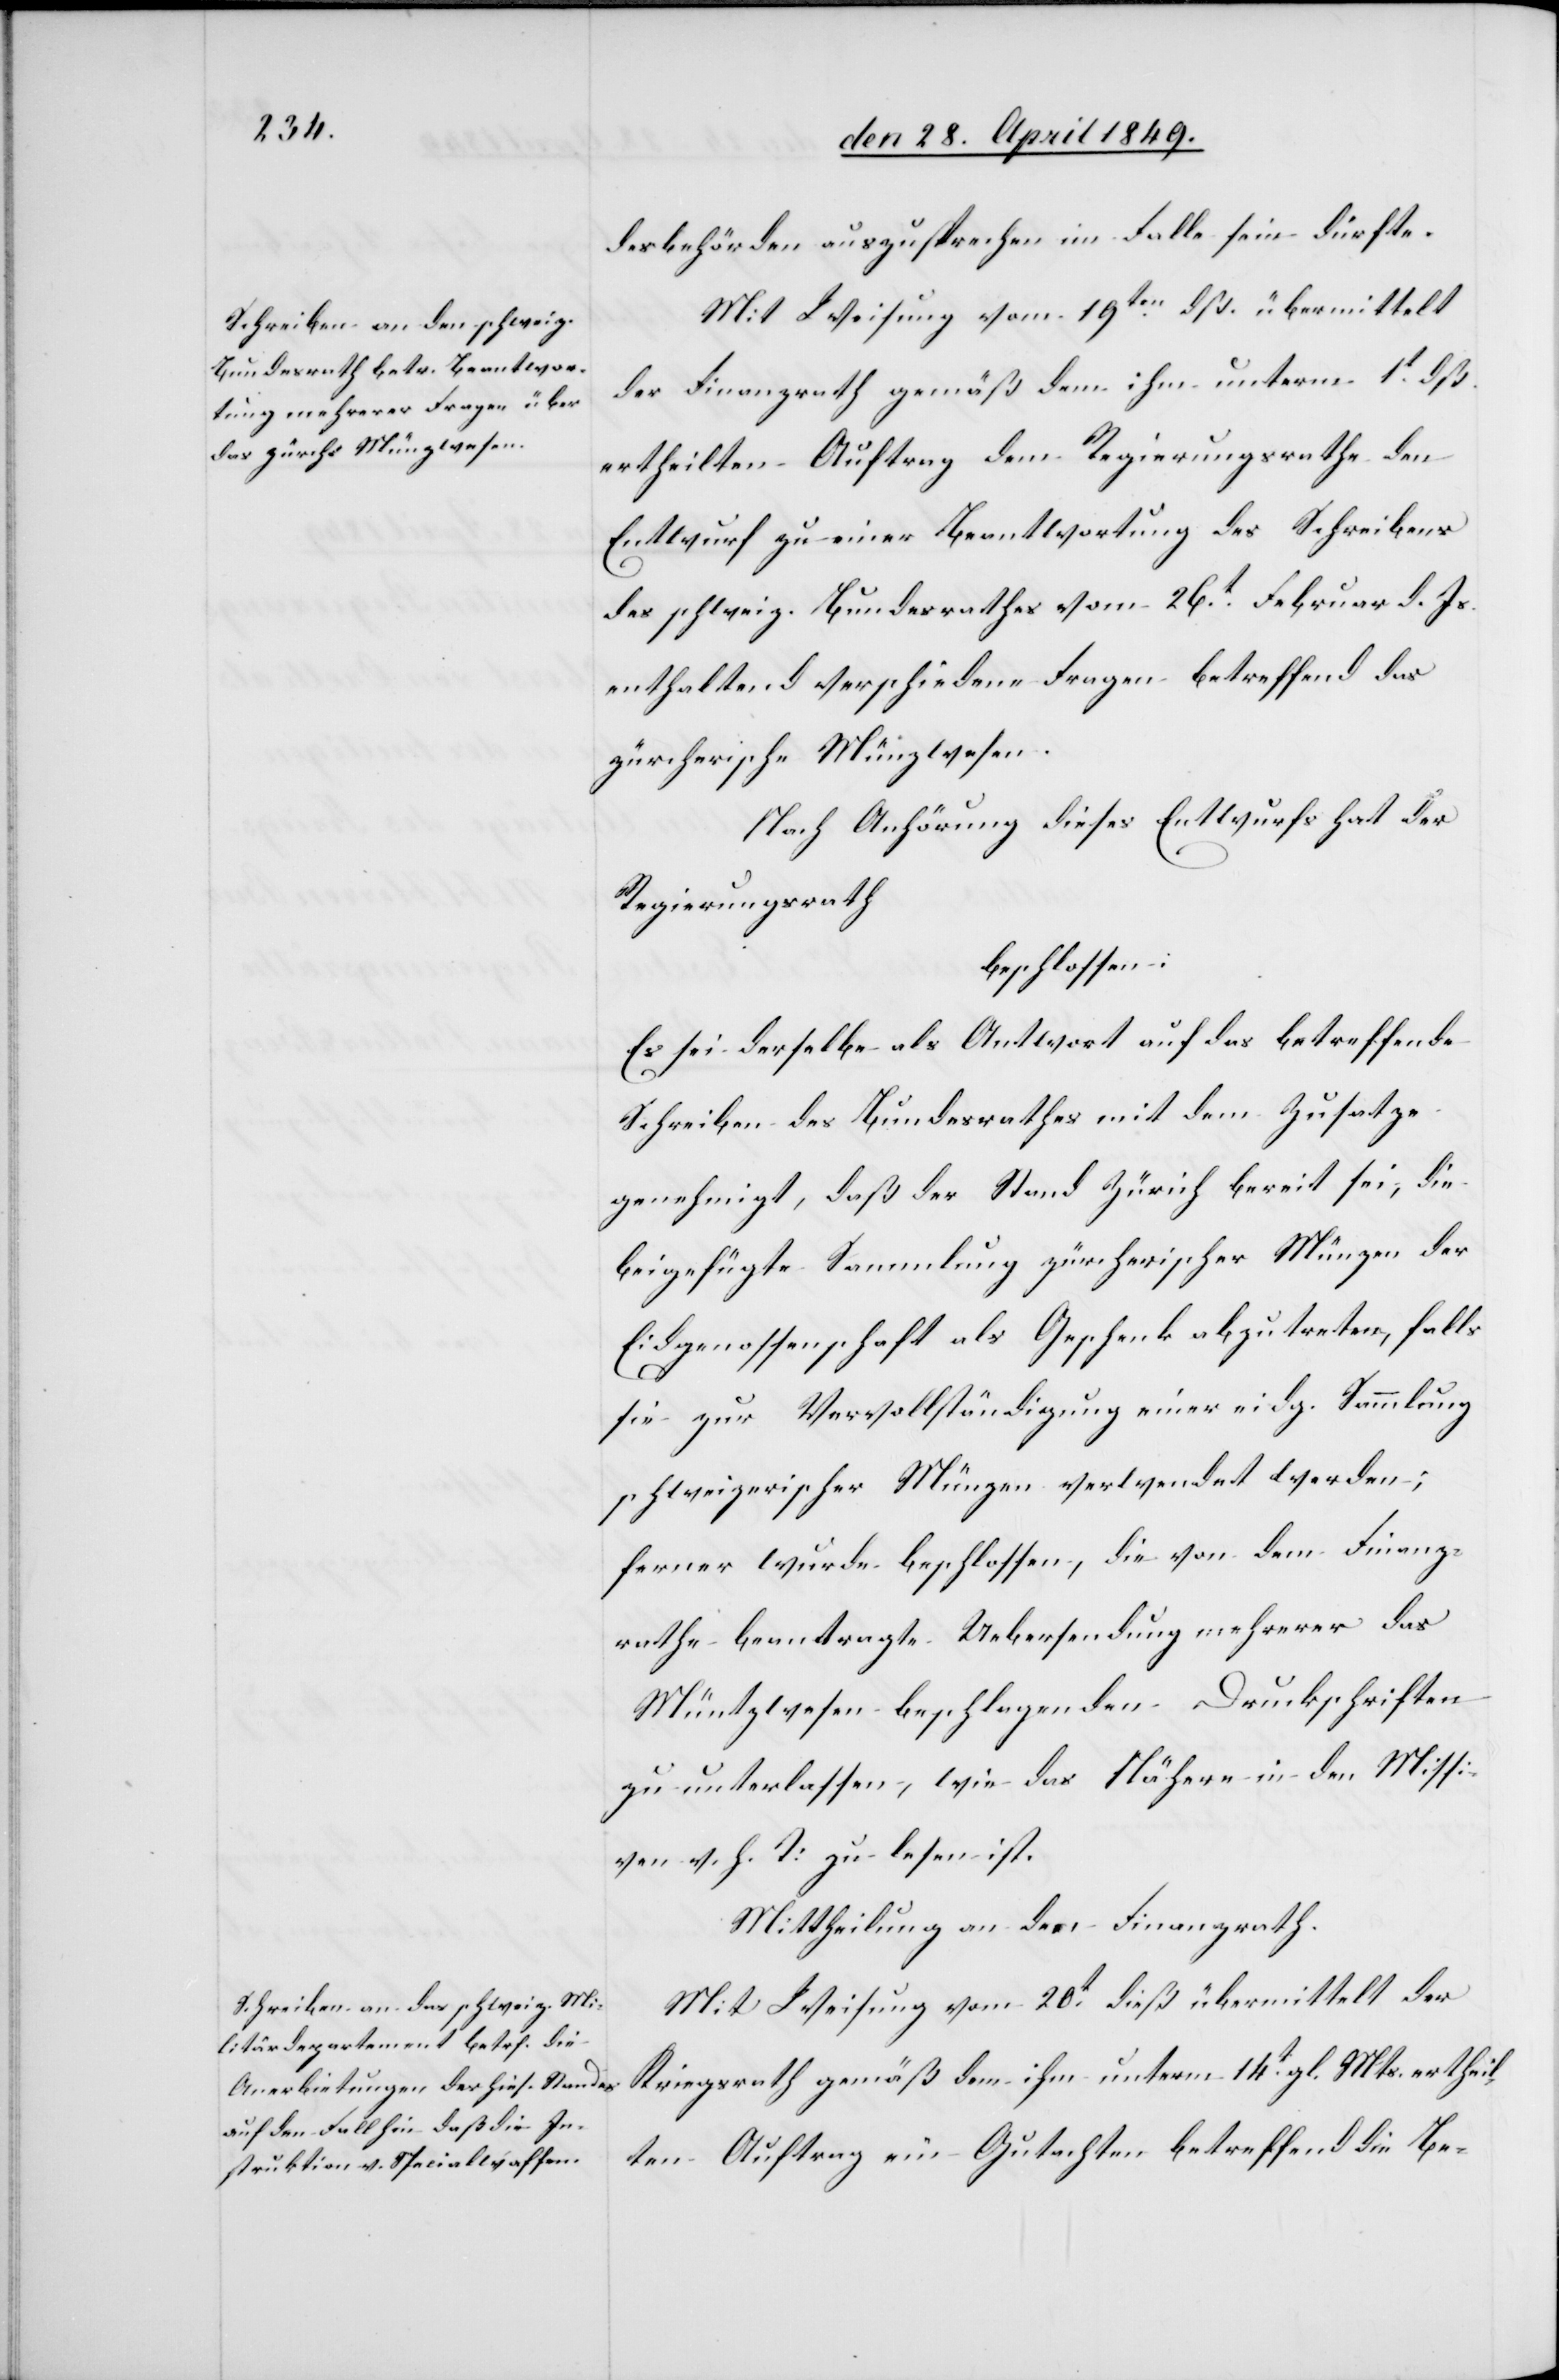
desbehörden auszusprechen im Falle sein dürfte.
Mit Weisung vom 19ten dß. übermittelt
der Finanzrath gemäß dem ihm unterm 1t dß.
ertheilten Auftrag dem Regierungsrathe den
Entwurf zu einer Beantwortung des Schreibens
des schweiz. Bundesrathes vom 26t Februar d. Js.
enthaltend verschiedene Fragen betreffend das
zürcherische Münzwesen.
Nach Anhörung dieses Entwurfes hat der
Regierungsrath
beschlossen:
Es sei derselbe als Antwort auf das betreffende
Schreiben des Bundesrathes mit dem Zusatze
genehmigt, daß der Stand Zürich bereit sei, die
beigefügte Sammlung zürcherischer Münzen der
Eidgenossenschaft als Geschenk abzutreten, falls
sie zur Vervollständigung einer eidg. Sammlung
schweizerischer Münzen verwendet werden;
ferner wurde beschlossen, die von dem Finanz¬
rathe beantragte Uebersendung mehrerer das
Müntzwesen beschlagenden Druckschriften
zu unterlassen, wie das Nähere in den Missi¬
ven v. h. T: zu lesen ist.
Mittheilung an den Finanzrath.
Mit Weisung vom 20t dieß übermittelt der
Kriegsrath gemäß dem ihm unterm 14t gl. Mts. ertheil¬
ten Auftrag ein Gutachten betreffend die Be-